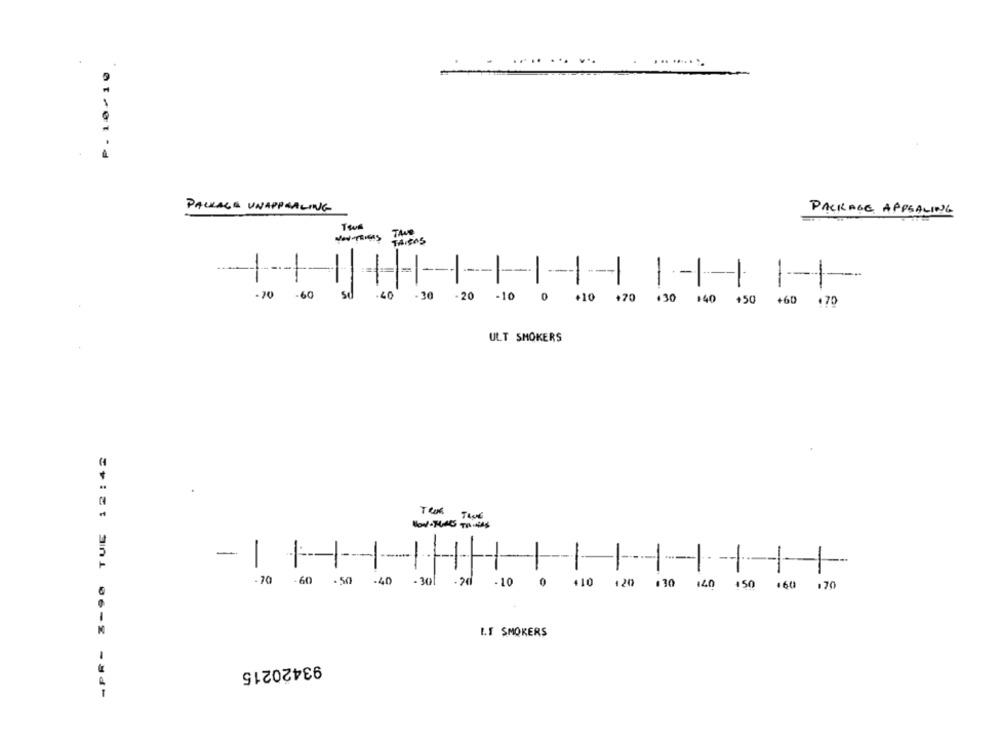
PACKAGE UNAPPEALING
PACKAGE APPEALING
TAue
THISAS
-
-
-----
-
-
-
-
-70
-60
.40
-30
-20
-10
0 +10 +70 .30 140 150 +60 .70
ULT SMOKERS
-PR- %-90 TUE 12:45
-
...
1 ---
-----
1 --
-
-
-
-
-
-
--.
1 --
-
-70
-60
.50
-40
- 301
-20
- 10
410 120 130 140 150 160 170
IF SMOKERS
93420215